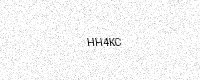
Text: HH4KC